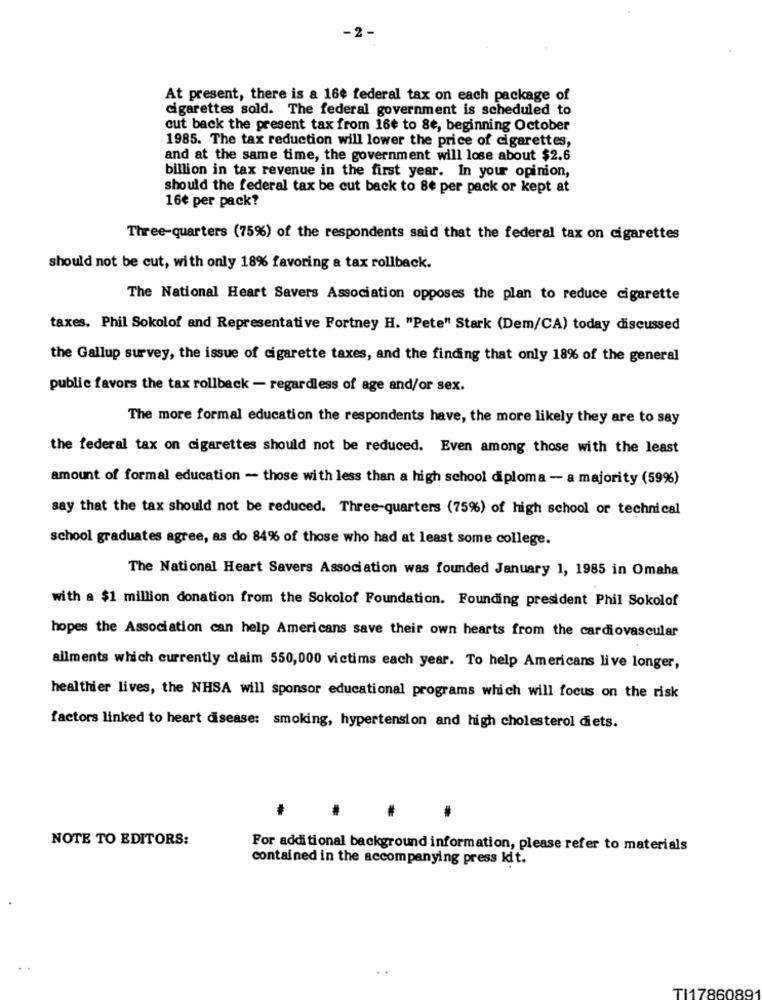
-2 -
At present, there is a 16€ federal tax on each package of
cigarettes sold. The federal government is scheduled to
cut back the present tax from 16¢ to 8e, beginning October
1985. The tax reduction will lower the price of cigarettes,
and at the same time, the government will lose about $2.6
billion in tax revenue in the first year. In your opinion,
should the federal tax be cut back to 8€ per pack or kept at
16¢ per pack?
Three-quarters (75%) of the respondents said that the federal tax on cigarettes
should not be cut, with only 18% favoring a tax rollback.
The National Heart Savers Association opposes the plan to reduce cigarette
taxes. Phil Sokolof and Representative Fortney H. "Pete" Stark (Dem/CA) today discussed
the Gallup survey, the issue of cigarette taxes, and the finding that only 18% of the general
public favors the tax rollback - regardless of age and/or sex.
The more formal education the respondents have, the more likely they are to say
the federal tax on cigarettes should not be reduced. Even among those with the least
amount of formal education - those with less than a high school diploma - a majority (59%)
say that the tax should not be reduced. Three-quarters (75%) of high school or technical
school graduates agree, as do 84% of those who had at least some college.
The National Heart Savers Association was founded January 1, 1985 in Omaha
with a $1 million donation from the Sokolof Foundation. Founding president Phil Sokolof
hopes the Association can help Americans save their own hearts from the cardiovascular
ailments which currently claim 550,000 victims each year. To help Americans live longer,
healthier lives, the NHSA will sponsor educational programs which will focus on the risk
factors linked to heart disease: smoking, hypertension and high cholesterol diets.
NOTE TO EDITORS:
For additional background information, please refer to materials
contained in the accompanying press kit.
TI1786089